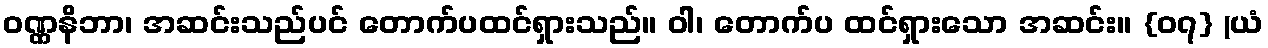
ဝဏ္ဏနိဘာ၊ အဆင်းသည်ပင် တောက်ပထင်ရှားသည်။ ဝါ၊ တောက်ပ ထင်ရှားသော အဆင်း။ {၀၇} (ယံ